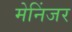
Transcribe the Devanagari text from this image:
मेनिंजर